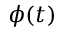
\phi ( t )